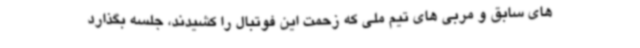
های سابق و مربی های تیم ملی که زحمت این فوتبال را کشیدند، جلسه بگذارد